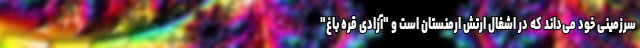
سرزمینی خود می‌داند که در اشغال ارتش ارمنستان است و "آزادی قره باغ"